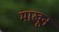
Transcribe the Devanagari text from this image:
माखून